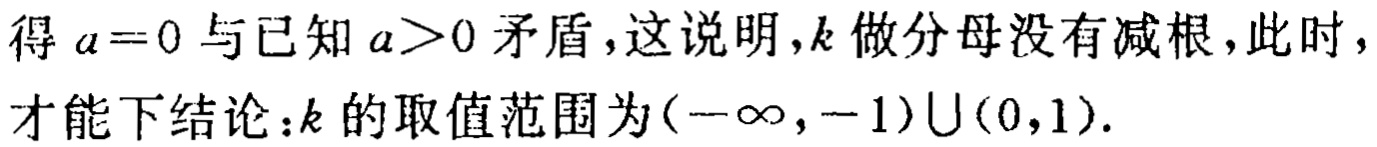
得 \(a = 0\) 与已知 \(a>0\) 矛盾，这说明，\(k\) 做分母没有减根，此时，才能下结论：\(k\) 的取值范围为\((-\infty,-1)\cup(0,1)\).